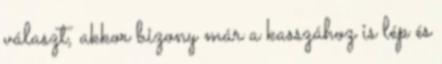
választ, akkor bizony már a kasszához is lép és